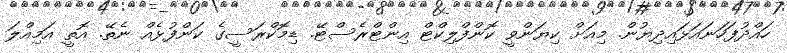
ހައްދުފަހަނައަޅައިދިޔުން. މިއަށް ކިޔަންވީ ކޮންފްލިކްޓް އިންޓްރެސްޓޭ. ޑިމޮކްރަސީގެ ކަންފުޅެއް ނެތޭ. އޮތީ އަމިއްލަ